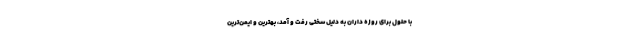
با حلول برای روزه داران به دلیل سختی رفت و آمد، بهترین و ایمن‌ترین